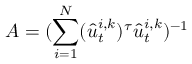
A = ( \sum _ { i = 1 } ^ { N } ( \hat { u } _ { t } ^ { i , k } ) ^ { \tau } \hat { u } _ { t } ^ { i , k } ) ^ { - 1 }